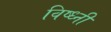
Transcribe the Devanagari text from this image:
विष्ध्नी